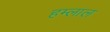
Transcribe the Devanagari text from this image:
हम्लाल